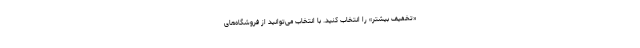
«تخفیف بیشتر» را انتخاب کنید. با انتخاب می‌توانید از فروشگاه‌های